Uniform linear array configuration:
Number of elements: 12
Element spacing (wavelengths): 0.5
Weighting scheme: hann
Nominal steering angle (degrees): -60
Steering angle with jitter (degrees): -58.528
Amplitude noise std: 0.05
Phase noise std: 0.05

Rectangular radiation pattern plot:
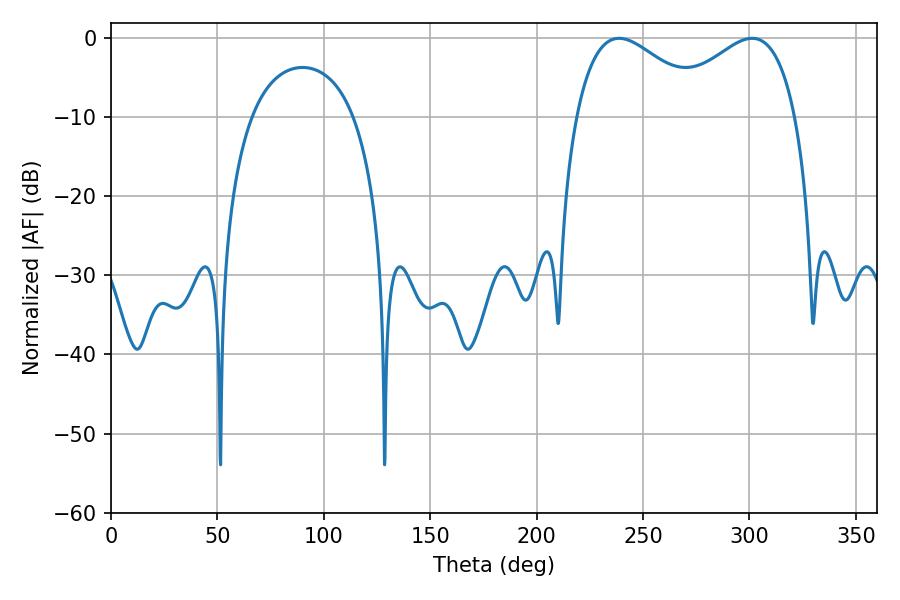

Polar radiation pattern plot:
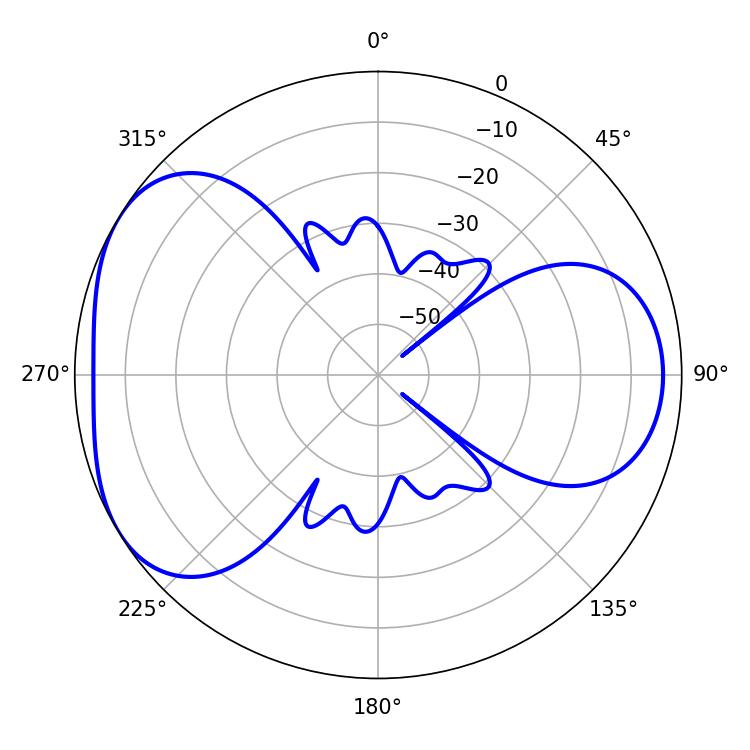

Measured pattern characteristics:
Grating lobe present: FALSE
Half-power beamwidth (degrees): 34.02
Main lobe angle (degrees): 238.68